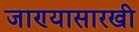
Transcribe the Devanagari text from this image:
जाण्यासारखी